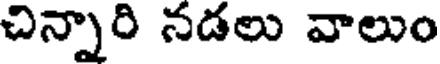
చిన్నారి నడలు వాలుం